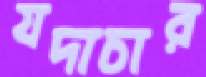
যদাচার